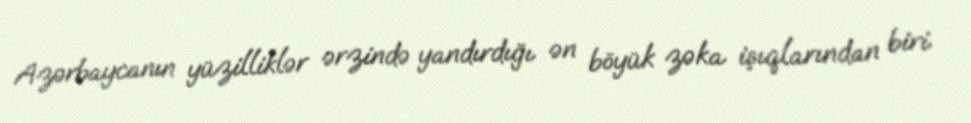
Azərbaycanın yüzilliklər ərzində yandırdığı ən böyük zəka işıqlarından biri